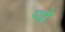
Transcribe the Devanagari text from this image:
ग्वो